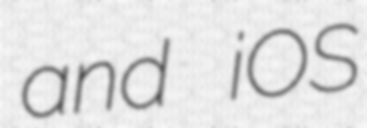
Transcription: and iOS